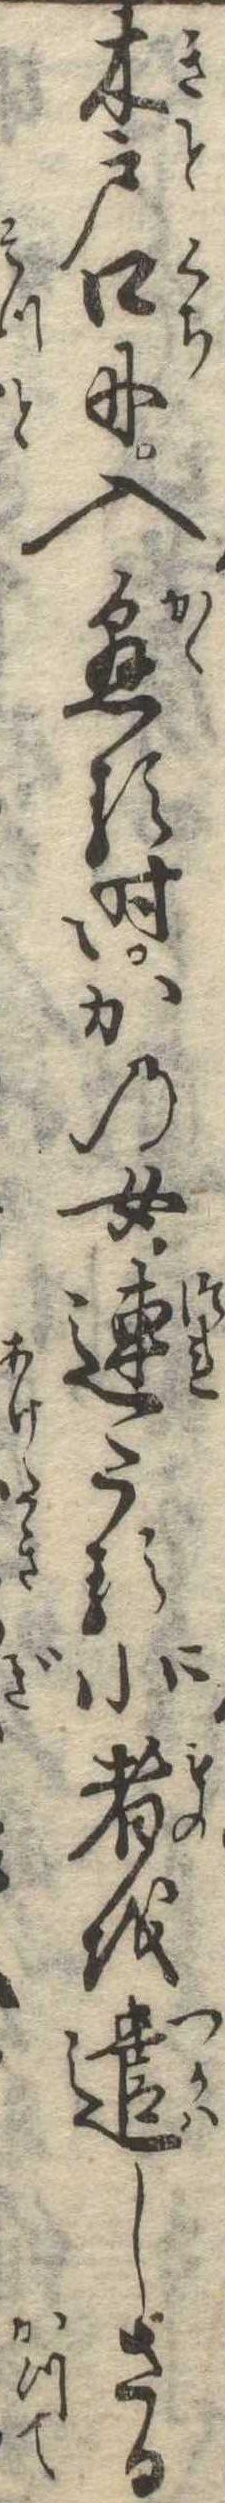
木戸口に入懸る時かの女連たる小者を遣しさる